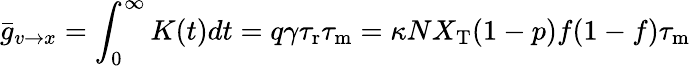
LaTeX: \bar{g}_{v\to x}=\int_{0}^{\infty}K(t)dt=q\gamma{\tau_{\mathrm{r}}}{\tau_{\mathrm{m}}}=\kappa NX_{\mathrm{T}}(1-p)f(1-f){\tau_{\mathrm{m}}}